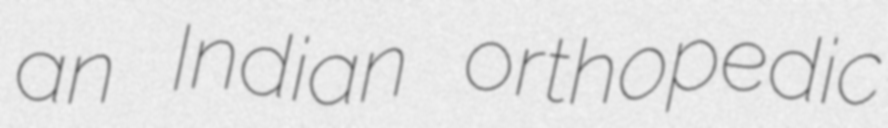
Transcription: an Indian orthopedic